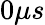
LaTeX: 0\mu s